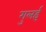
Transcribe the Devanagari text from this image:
गुलई